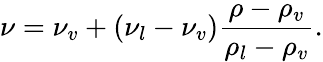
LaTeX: \nu={\nu_{v}}+({\nu_{l}}-{\nu_{v}})\frac{{\rho-{\rho_{v}}}}{{{\rho_{l}}-{\rho_{v}}}}.